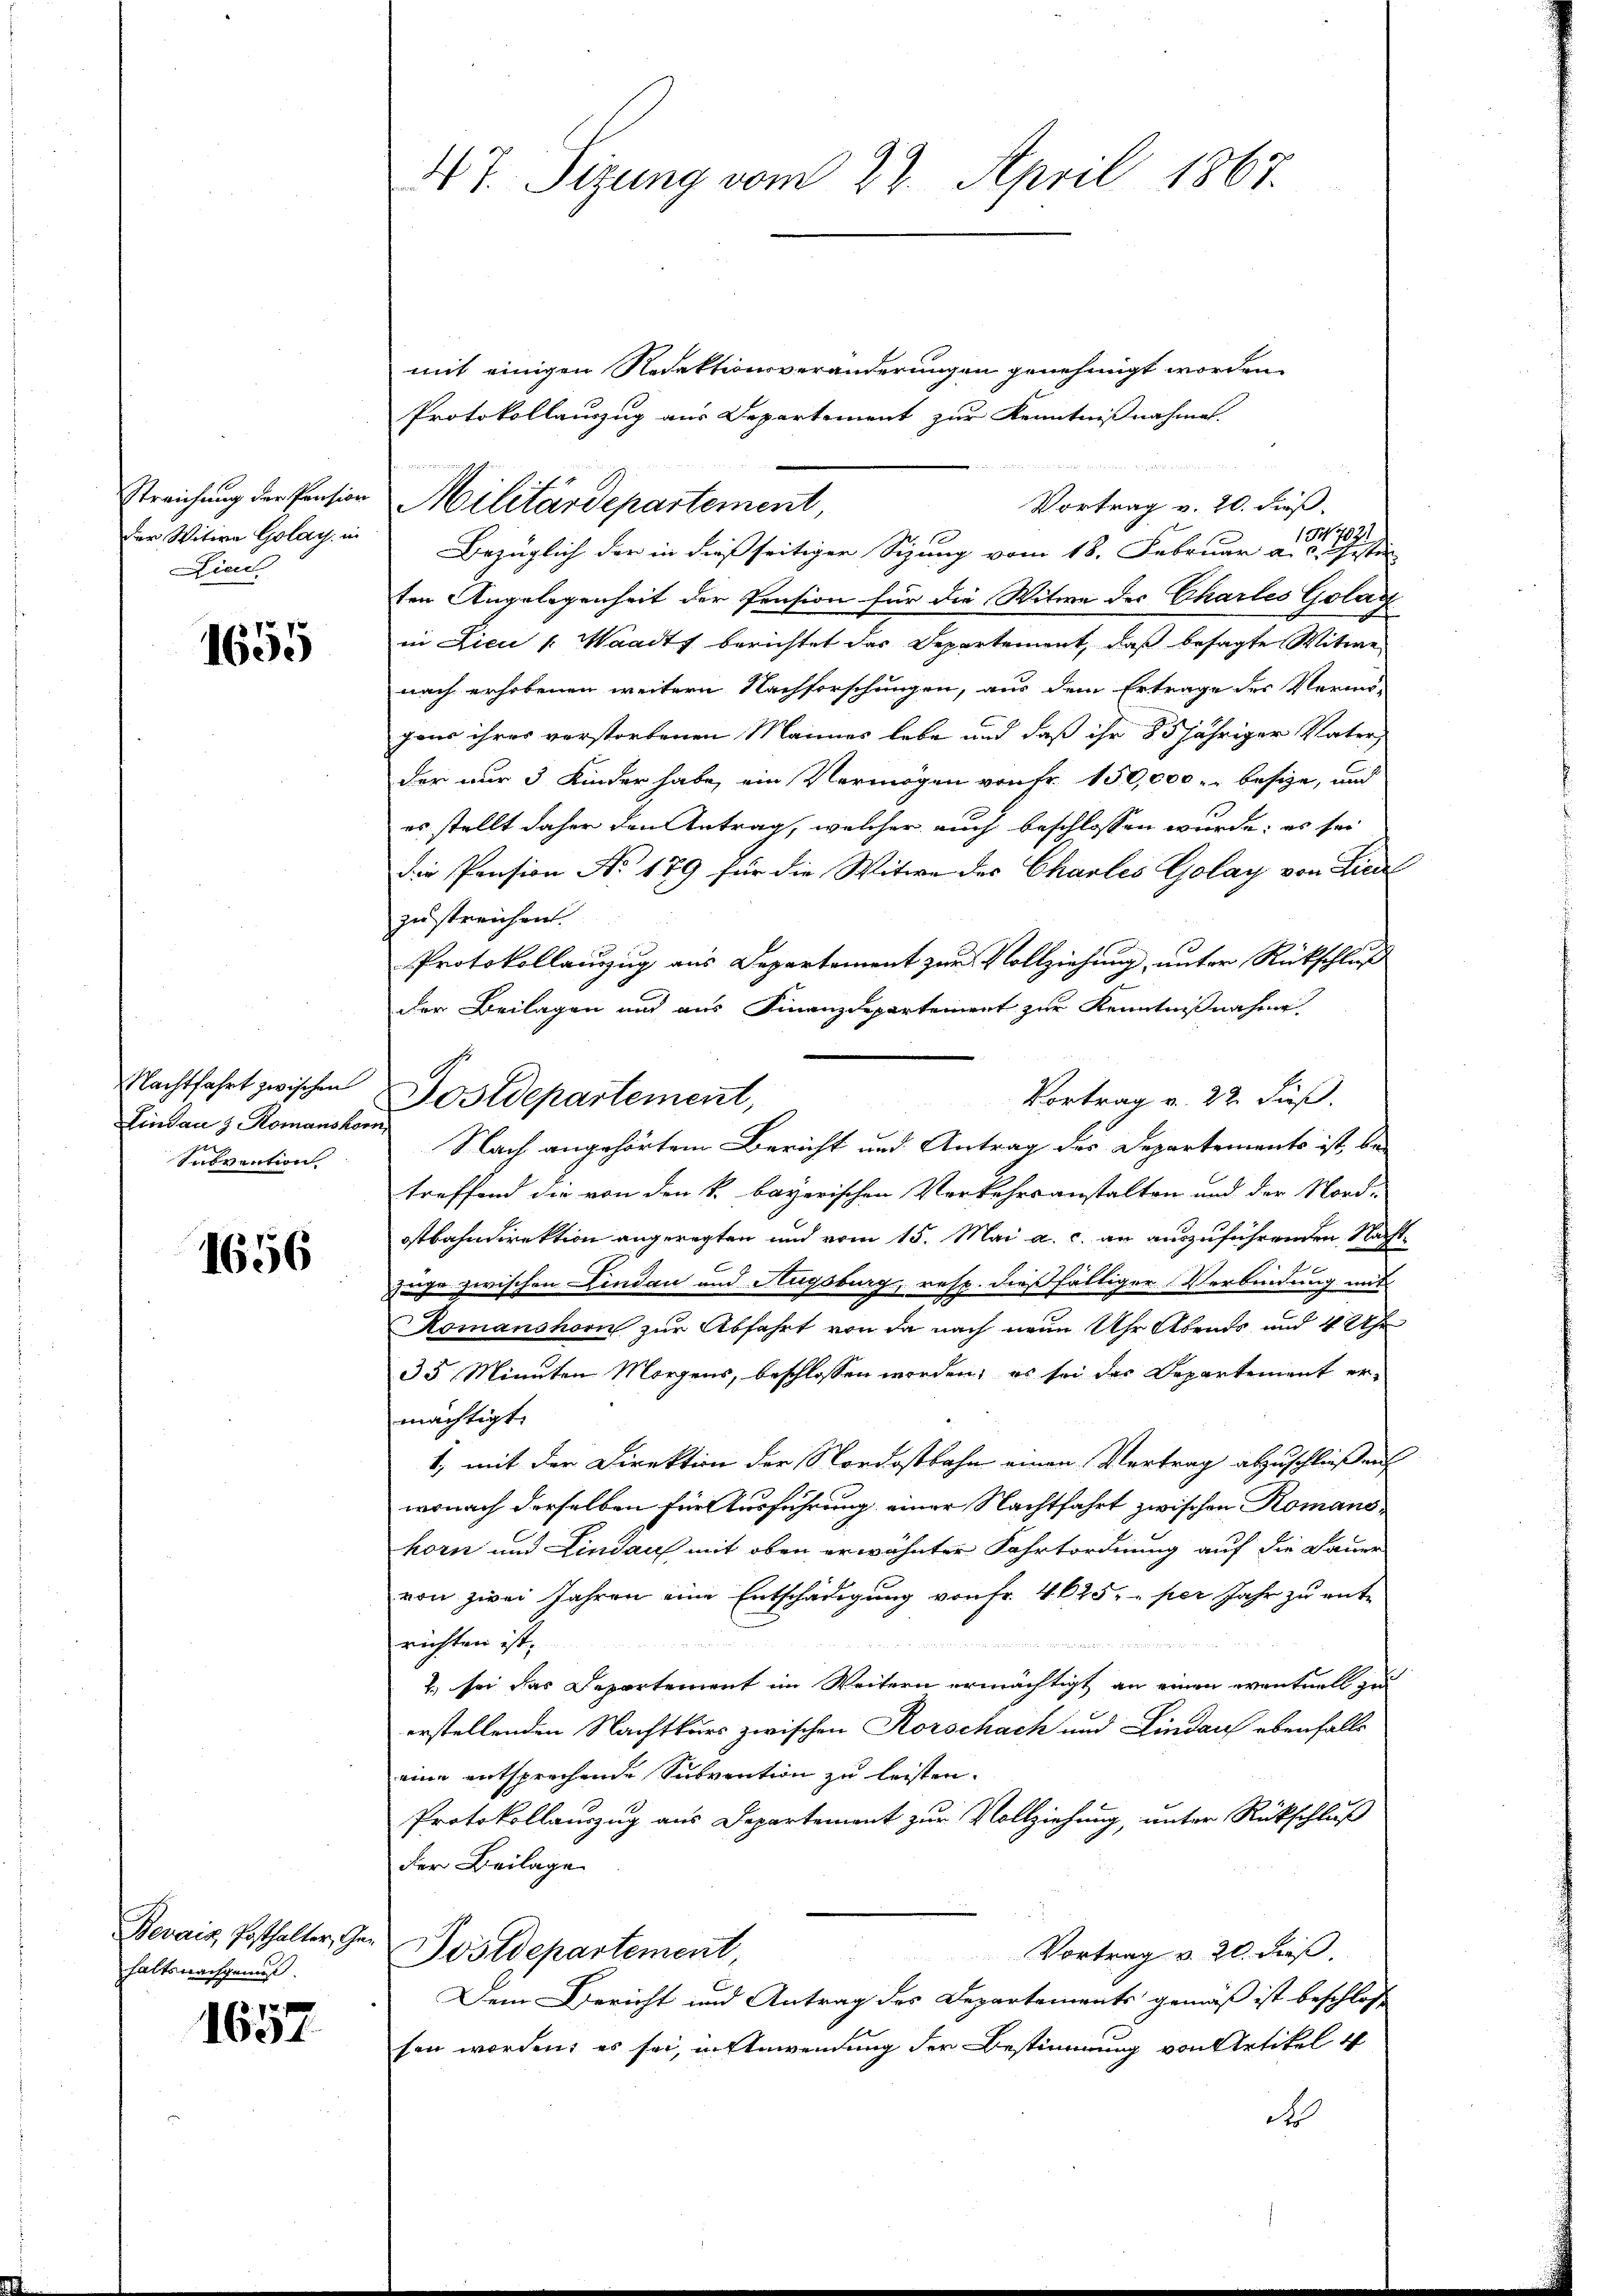
der Witwe Golay in
Dien

1655

Lindau & Romanshorn,
Subvention

1656

haltsnachgemeß

1657.

mit einigen Redaktionsveränderungen genehmigt worden
Protokollanzzug aus Departement zur Kenntnißnahmen.
Vortrag v. 20. dieß.
13707.
Bezüglich der in dießseitiger Sizung vom 18. Februar a. c. Distir
ten Angelegenheit der Pension für die Witwe der Charles Golar
in Lici (Waadt berichtet das Departement, daß besagte Witwe
nach erhobenen weitern Nachforschungen, aus dem Ertrage des Vermö-
gaus ihres verstorbenen Mannes lebe und daß ihr 85 jähriger Vater,
der nur 3 Kinder habe, ein Vermögen von Fr. 150,000 - besize, und
es stellt daher den Antrag, welcher auch beschlossen würde; es sei
die Pension No 179 für die Witwe des Charles Golay von Liedel
zu streichen
Protokollauzug aus Departement zur Vollziehung, unter Rückschluß
der Beilagen und aus Finanzdepartement zur Kenntnißnahme
Nach angehörtem Bericht und Antrag des Departements ist, be-
treffend die von den k. bayerischen Verkehrsanstalten und der Nord-
ostbahndirektion angeregten und vom 15. Mai a. c. an auszuführenden Nachtjahr zwischen Lindau und Hugsburg, resp. dießfältiger Verbindung mit
Romanshorn zur Abfahrt von da nach neun Uhr Abends und 4 Uhr
35 Minuten Morgens, beschlossen worden, es sei der Departement ermächtigt.
1, mit der Direktion der Nordostbahn einen Vertrag abzuschließen
wonach derselben für Ausführung einer Nachtfahrt zwischen Romanokorn und Lindauf mit oben erwähnter Fahrtordnung auf die Dauer
von zwei Jahren eine Entschädigung von Fr. 4625. per Jahr zu ent-
richten ist,
unnen
 sei das Departement im Weitern ermächtigt an einen eventuell zu
erstellenden Nachtkurs zwischen Rorschach und Lindau ebenfalls
eine entsprechende Subvention zu leisten.
Protokollauszug aus Departement zur Vollziehung, unter Rückschluß
der Beilage
Bevais Posthalter, Ge-Postdepartement
Vortrag v. 20. daß
Dem Bericht und Antrag des Departements gemäß ist beschloss
sen worden; es sei, in Anwendung der Bestimmung von Artikel 4
do

d 7. Sizung vom 22. April 1867.

Streichung der Pension Militärdepartement

Nachtfahrt zwischen Postdepartement,

Vortrag v. 22. Fuß.